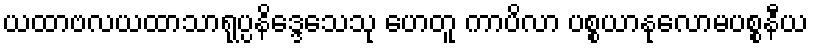
ယထာဗလယထာသာရုပ္ပနိဒ္ဒေသေသု ဟေတူ ကာပိလာ ပစ္စယာနုလောမပစ္စနီယ